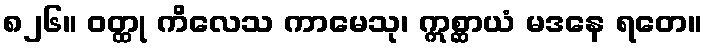
၈၂၆။ ဝတ္ထု ကိလေသ ကာမေသု၊ ဣစ္ဆာယံ မဒနေ ရတေ။